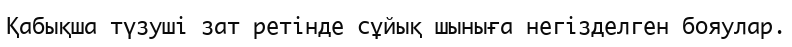
Қабықша түзуші зат ретінде сұйық шыныға негізделген бояулар.